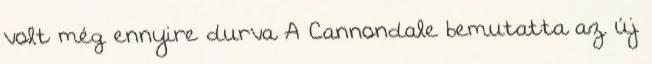
volt még ennyire durva A Cannondale bemutatta az új